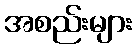
အစည်းများ